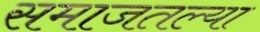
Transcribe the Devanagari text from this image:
समाजतल्या